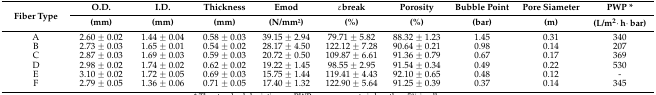
<table><thead><tr><td rowspan="2"><b>Fiber Type</b></td><td><b>O.D.</b></td><td><b>I.D.</b></td><td><b>Thickness</b></td><td><b>Emod</b></td><td><b>εbreak</b></td><td><b>Porosity</b></td><td><b>Bubble Point</b></td><td><b>Pore Diameter</b></td><td><b>PWP *</b></td></tr><tr><td><b>(mm)</b></td><td><b>(mm)</b></td><td><b>(mm)</b></td><td><b>(N/mm2)</b></td><td><b>(%)</b></td><td><b>(%)</b></td><td><b>(bar)</b></td><td><b>(m)</b></td><td><b>(L/m<sup>2</sup>·h·bar)</b></td></tr></thead><tbody><tr><td>A</td><td>2.60 ± 0.02</td><td>1.44 ± 0.04</td><td>0.58 ± 0.03</td><td>39.15 ± 2.94</td><td>79.71 ± 5.82</td><td>88.32 ± 1.23</td><td>1.45</td><td>0.31</td><td>340</td></tr><tr><td>B</td><td>2.73 ± 0.03</td><td>1.65 ± 0.01</td><td>0.54 ± 0.02</td><td>28.17 ± 4.50</td><td>122.12 ± 7.28</td><td>90.64 ± 0.21</td><td>0.98</td><td>0.14</td><td>207</td></tr><tr><td>C</td><td>2.87 ± 0.03</td><td>1.69 ± 0.03</td><td>0.59 ± 0.03</td><td>20.72 ± 0.50</td><td>109.87 ± 6.61</td><td>91.36 ± 0.79</td><td>0.67</td><td>0.17</td><td>369</td></tr><tr><td>D</td><td>2.98 ± 0.02</td><td>1.74 ± 0.02</td><td>0.62 ± 0.02</td><td>19.22 ± 1.45</td><td>98.55 ± 2.95</td><td>91.54 ± 0.34</td><td>0.49</td><td>0.22</td><td>530</td></tr><tr><td>E</td><td>3.10 ± 0.02</td><td>1.72 ± 0.05</td><td>0.69 ± 0.03</td><td>15.75 ± 1.44</td><td>119.41 ± 4.43</td><td>92.10 ± 0.65</td><td>0.48</td><td>0.12</td><td>-</td></tr><tr><td>F</td><td>2.79 ± 0.05</td><td>1.36 ± 0.06</td><td>0.71 ± 0.05</td><td>17.40 ± 1.32</td><td>122.90 ± 5.64</td><td>91.25 ± 0.39</td><td>0.37</td><td>0.14</td><td>345</td></tr></tbody></table>